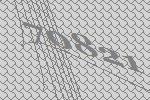
70821